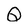
Character: Q